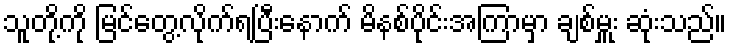
သူတို့ကို မြင်တွေ့လိုက်ရပြီးနောက် မိနစ်ပိုင်းအကြာမှာ ချစ်မှူး ဆုံးသည်။